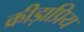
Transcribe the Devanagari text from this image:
क्रीड़ाप्रिय